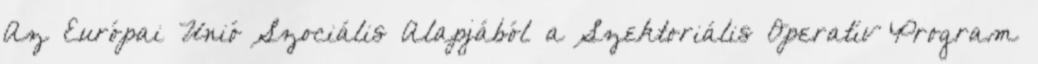
Az Európai Unió Szociális Alapjából a Szektoriális Operatív Program